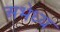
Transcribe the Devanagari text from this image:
अभेध्य